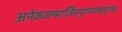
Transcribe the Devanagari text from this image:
अनेकजन्मार्जितपुण्यपाकाद्गुरोस्तु